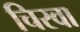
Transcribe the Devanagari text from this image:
चिरवा